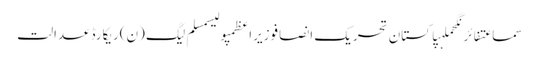
سماعتفائرنگحملہپاکستان تحریک انصافوزیراعظمپولیسمسلم لیگ (ن)ریکارڈعدالت